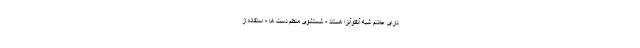
دارای علائم شبه آنفلوآنزا هستند - شستشوی منظم دست ها - استفاده از